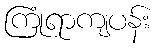
ကြုံရာကျပန်း